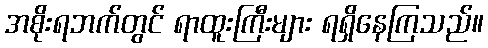
အစိုးရဘက်တွင် ရာထူးကြီးများ ရရှိနေကြသည်။